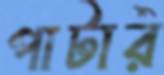
পাটার